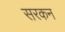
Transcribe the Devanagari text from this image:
सरकन